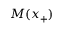
M ( x _ { + } )